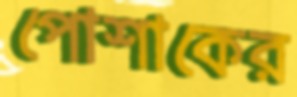
পোশাকের